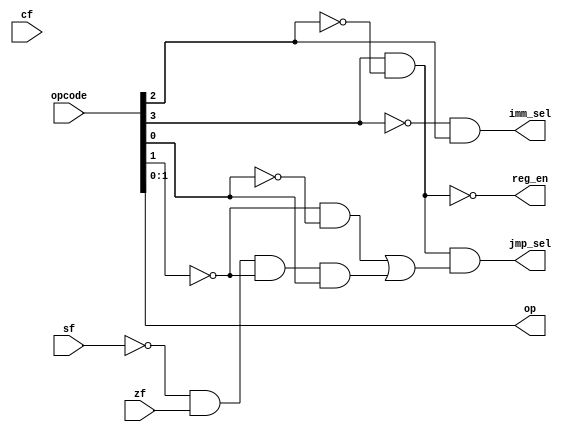
module control_unit (
    input wire [3:0] opcode,
    input wire cf,
    input wire sf,
    input wire zf,
    output wire imm_sel,
    output wire reg_en,
    output wire [1:0] op,
    output wire jmp_sel
);
wire _jmp,_je,_or;
assign imm_sel = ~opcode[3] & opcode[2];
assign reg_en = ~(opcode[3] & ~opcode[2]);
assign op = {opcode[1],opcode[0]};
assign _jmp = ~opcode[1] & ~opcode[0];
assign _je = ~sf & zf & ~opcode[1] & opcode[0];
assign _or = _jmp | _je;
assign jmp_sel = ~reg_en & _or;
endmodule